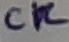
Text: CK